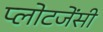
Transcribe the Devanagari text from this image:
प्लोटजेंसी